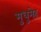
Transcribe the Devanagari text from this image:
मुधुमेह